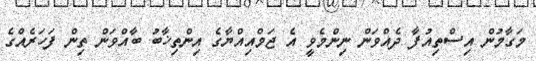
މަގާމުން އިސްތިއުފާ ދެއްވަން ނިންމެވީ އެ ޖަމްއިއްޔާގެ އިންތިޚާބު ބާއްވަން ތިން ފަހަރެއްގެ